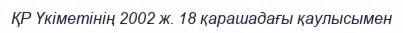
ҚР Үкіметінің 2002 ж. 18 қарашадағы қаулысымен